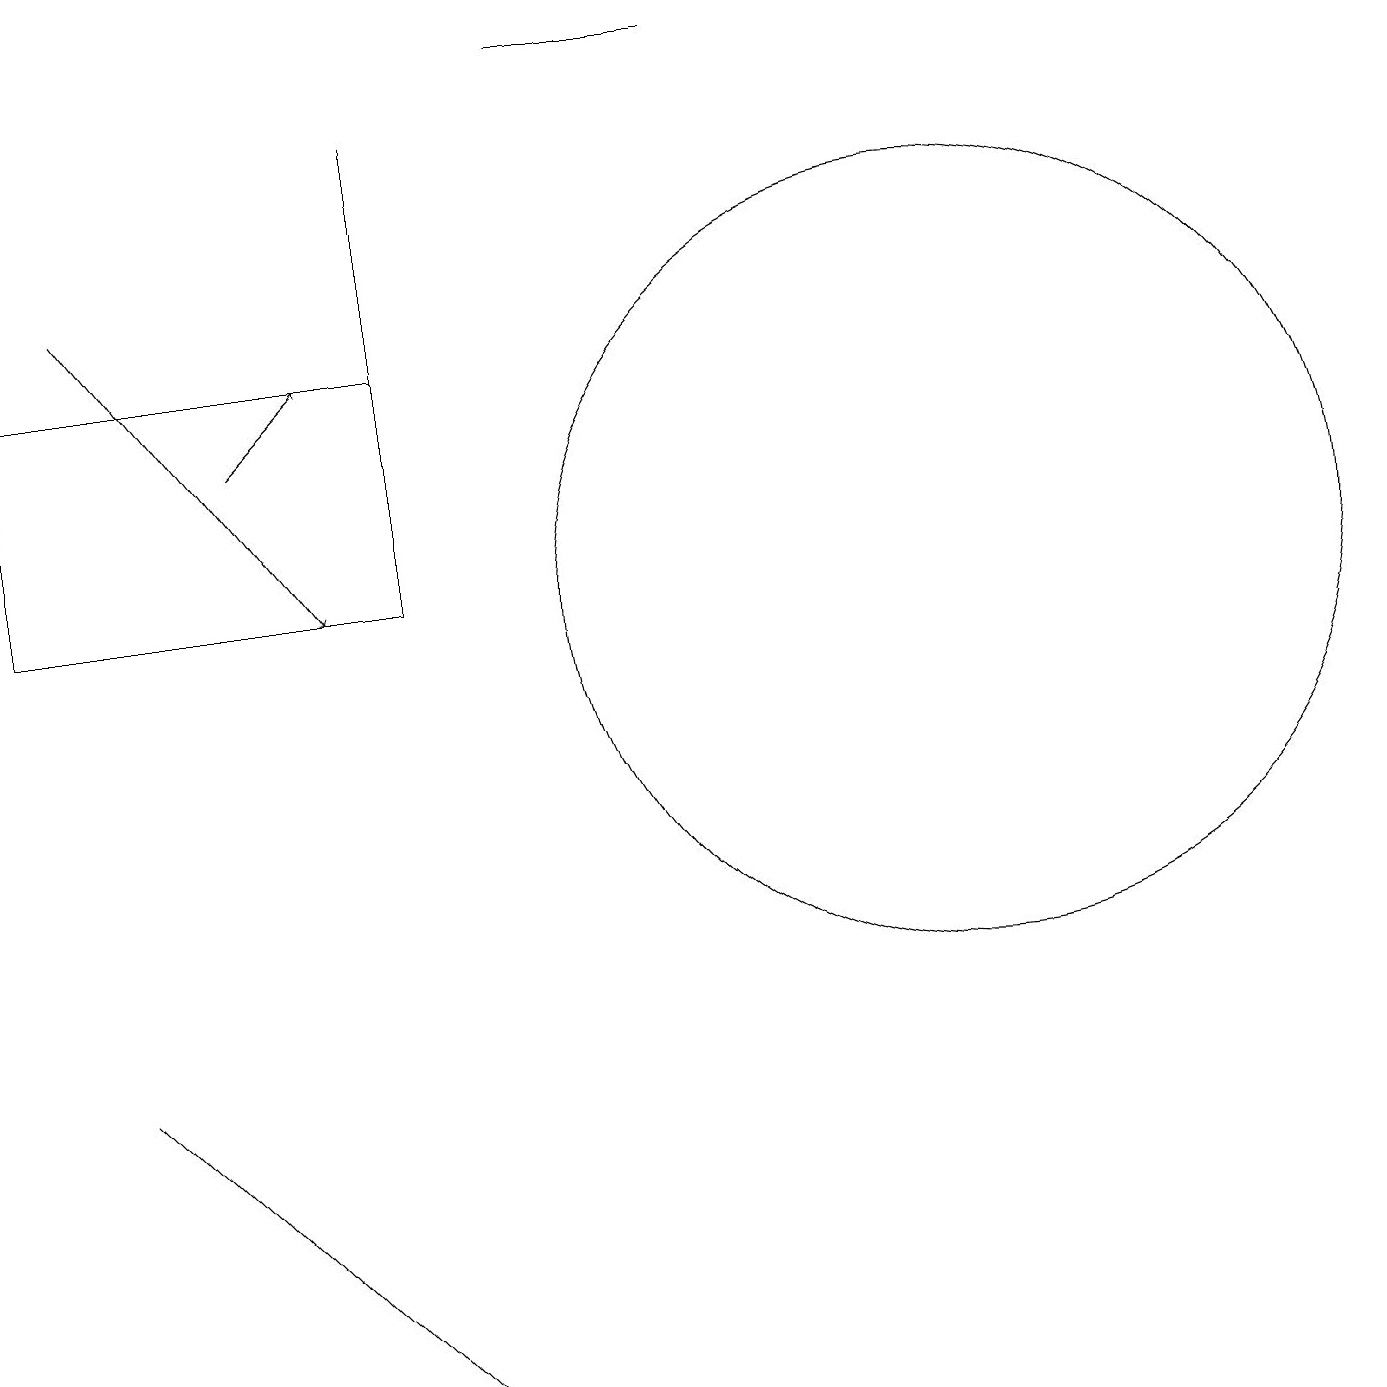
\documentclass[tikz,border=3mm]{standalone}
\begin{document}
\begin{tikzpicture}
\draw (7,18) rectangle (9,18);
\draw (5,14) rectangle (5,17);
\draw (12,11) circle (5);
\draw (0,11) rectangle (5,14);
\draw (4,2) -- (5,1) -- (1,5) -- cycle;
\draw[->] (3,13) -- (4,14);
\draw[->] (1,15) -- (4,11);
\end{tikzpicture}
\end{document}